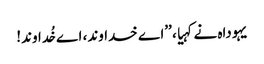
یہوداہ نے کہیا، ’’اے خداوند، اے خُداوند!